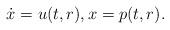
LaTeX: \begin{align*} \dot{x} = u(t,r), x = p(t,r).\end{align*}